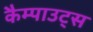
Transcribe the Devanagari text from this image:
कैम्पाउट्स